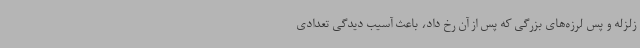
زلزله و پس لرزه‌های بزرگی که پس از آن رخ داد، باعث آسیب دیدگی تعدادی